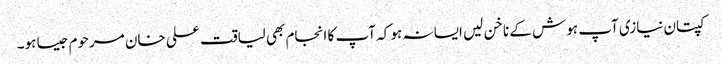
کپتان نیازی آپ ہوش کے ناخن لیں ایسا نہ ہو کہ آپ کا انجام بھی لیاقت علی خان مرحوم جیسا ہو۔